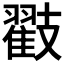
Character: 𭣟